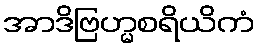
အာဒိဗြဟ္မစရိယိကံ